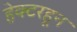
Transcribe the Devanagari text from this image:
हेक्टरहून